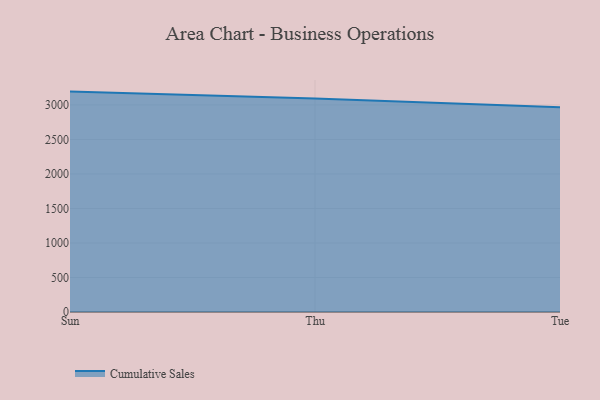
{"axis": {"x": "Day", "y": "Bounce Rate (%)"}, "legend": ["Cumulative Sales"], "data": [{"x": "Sun", "y": 3193.3, "type": "Cumulative Sales"}, {"x": "Thu", "y": 3093.6, "type": "Cumulative Sales"}, {"x": "Tue", "y": 2966.5, "type": "Cumulative Sales"}]}